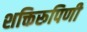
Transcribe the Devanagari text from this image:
शक्तिरूपिणी